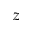
z